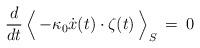
LaTeX: \begin{align*}\frac{d}{dt} \, \Bigl < \> - \kappa_0 \dot x(t) \cdot \zeta(t) \> \Bigr >_S \> = \>0\end{align*}